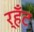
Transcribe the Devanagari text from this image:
र्हँट